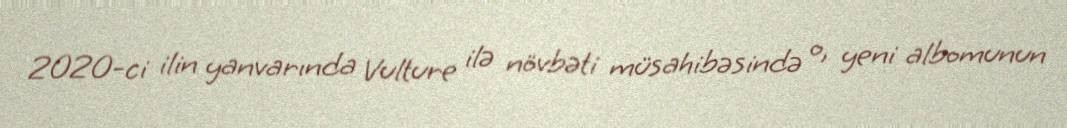
2020-ci ilin yanvarında Vulture ilə növbəti müsahibəsində o, yeni albomunun